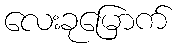
လေးခုမြောက်